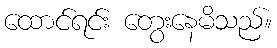
ထောင်ရင်း တွေးနေမိသည်။